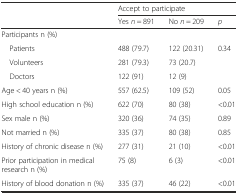
<table><thead><tr><td rowspan="2"></td><td colspan="3"><b>Accept to participate</b></td></tr><tr><td><b>Yes <i>n</i> = 891</b></td><td><b>No <i>n</i> = 209</b></td><td><b><i>p</i></b></td></tr></thead><tbody><tr><td colspan="4">Participants n (%)</td></tr><tr><td> Patients</td><td>488 (79.7)</td><td>122 (20.31)</td><td>0.34</td></tr><tr><td> Volunteers</td><td>281 (79.3)</td><td>73 (20.7)</td><td></td></tr><tr><td> Doctors</td><td>122 (91)</td><td>12 (9)</td><td></td></tr><tr><td>Age &lt; 40 years n (%)</td><td>557 (62.5)</td><td>109 (52)</td><td>0.05</td></tr><tr><td>High school education n (%)</td><td>622 (70)</td><td>80 (38)</td><td>&lt;0.01</td></tr><tr><td>Sex male n (%)</td><td>320 (36)</td><td>74 (35)</td><td>0.89</td></tr><tr><td>Not married n (%)</td><td>335 (37)</td><td>80 (38)</td><td>0.85</td></tr><tr><td>History of chronic disease n (%)</td><td>277 (31)</td><td>21 (10)</td><td>&lt;0.01</td></tr><tr><td>Prior participation in medical research n (%)</td><td>75 (8)</td><td>6 (3)</td><td>&lt;0.01</td></tr><tr><td>History of blood donation n (%)</td><td>335 (37)</td><td>46 (22)</td><td>&lt;0.01</td></tr></tbody></table>